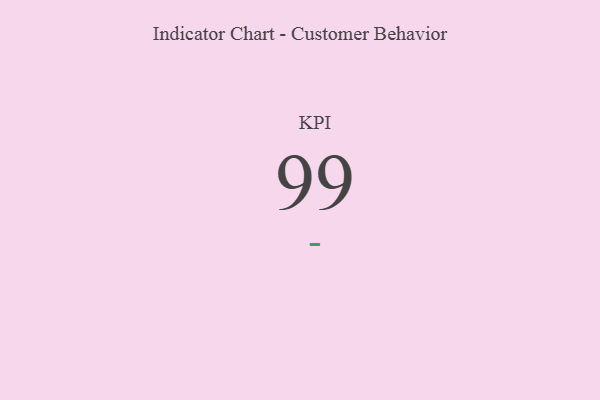
{"axis": {"x": "KPI", "y": "Value"}, "legend": [""], "data": [{"x": "KPI", "y": 99, "type": ""}]}